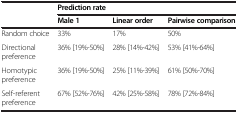
<table><thead><tr><td><b> </b></td><td colspan="3"><b>Prediction rate</b></td></tr><tr><td><b> </b></td><td><b>Male 1</b></td><td><b>Linear order</b></td><td><b>Pairwise comparison</b></td></tr></thead><tbody><tr><td>Random choice</td><td>33%</td><td>17%</td><td>50%</td></tr><tr><td>Directional preference</td><td>36% [19%-50%]</td><td>28% [14%-42%]</td><td>53% [41%-64%]</td></tr><tr><td>Homotypic preference</td><td>36% [19%-50%]</td><td>25% [11%-39%]</td><td>61% [50%-70%]</td></tr><tr><td>Self-referent preference</td><td>67% [52%-76%]</td><td>42% [25%-58%]</td><td>78% [72%-84%]</td></tr></tbody></table>